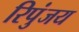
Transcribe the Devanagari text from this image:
रिपुंजय